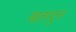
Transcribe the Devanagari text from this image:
खलादुन